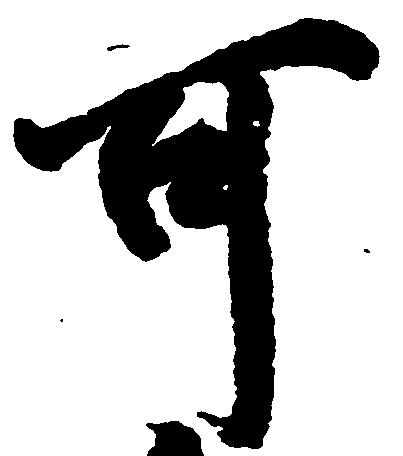
可